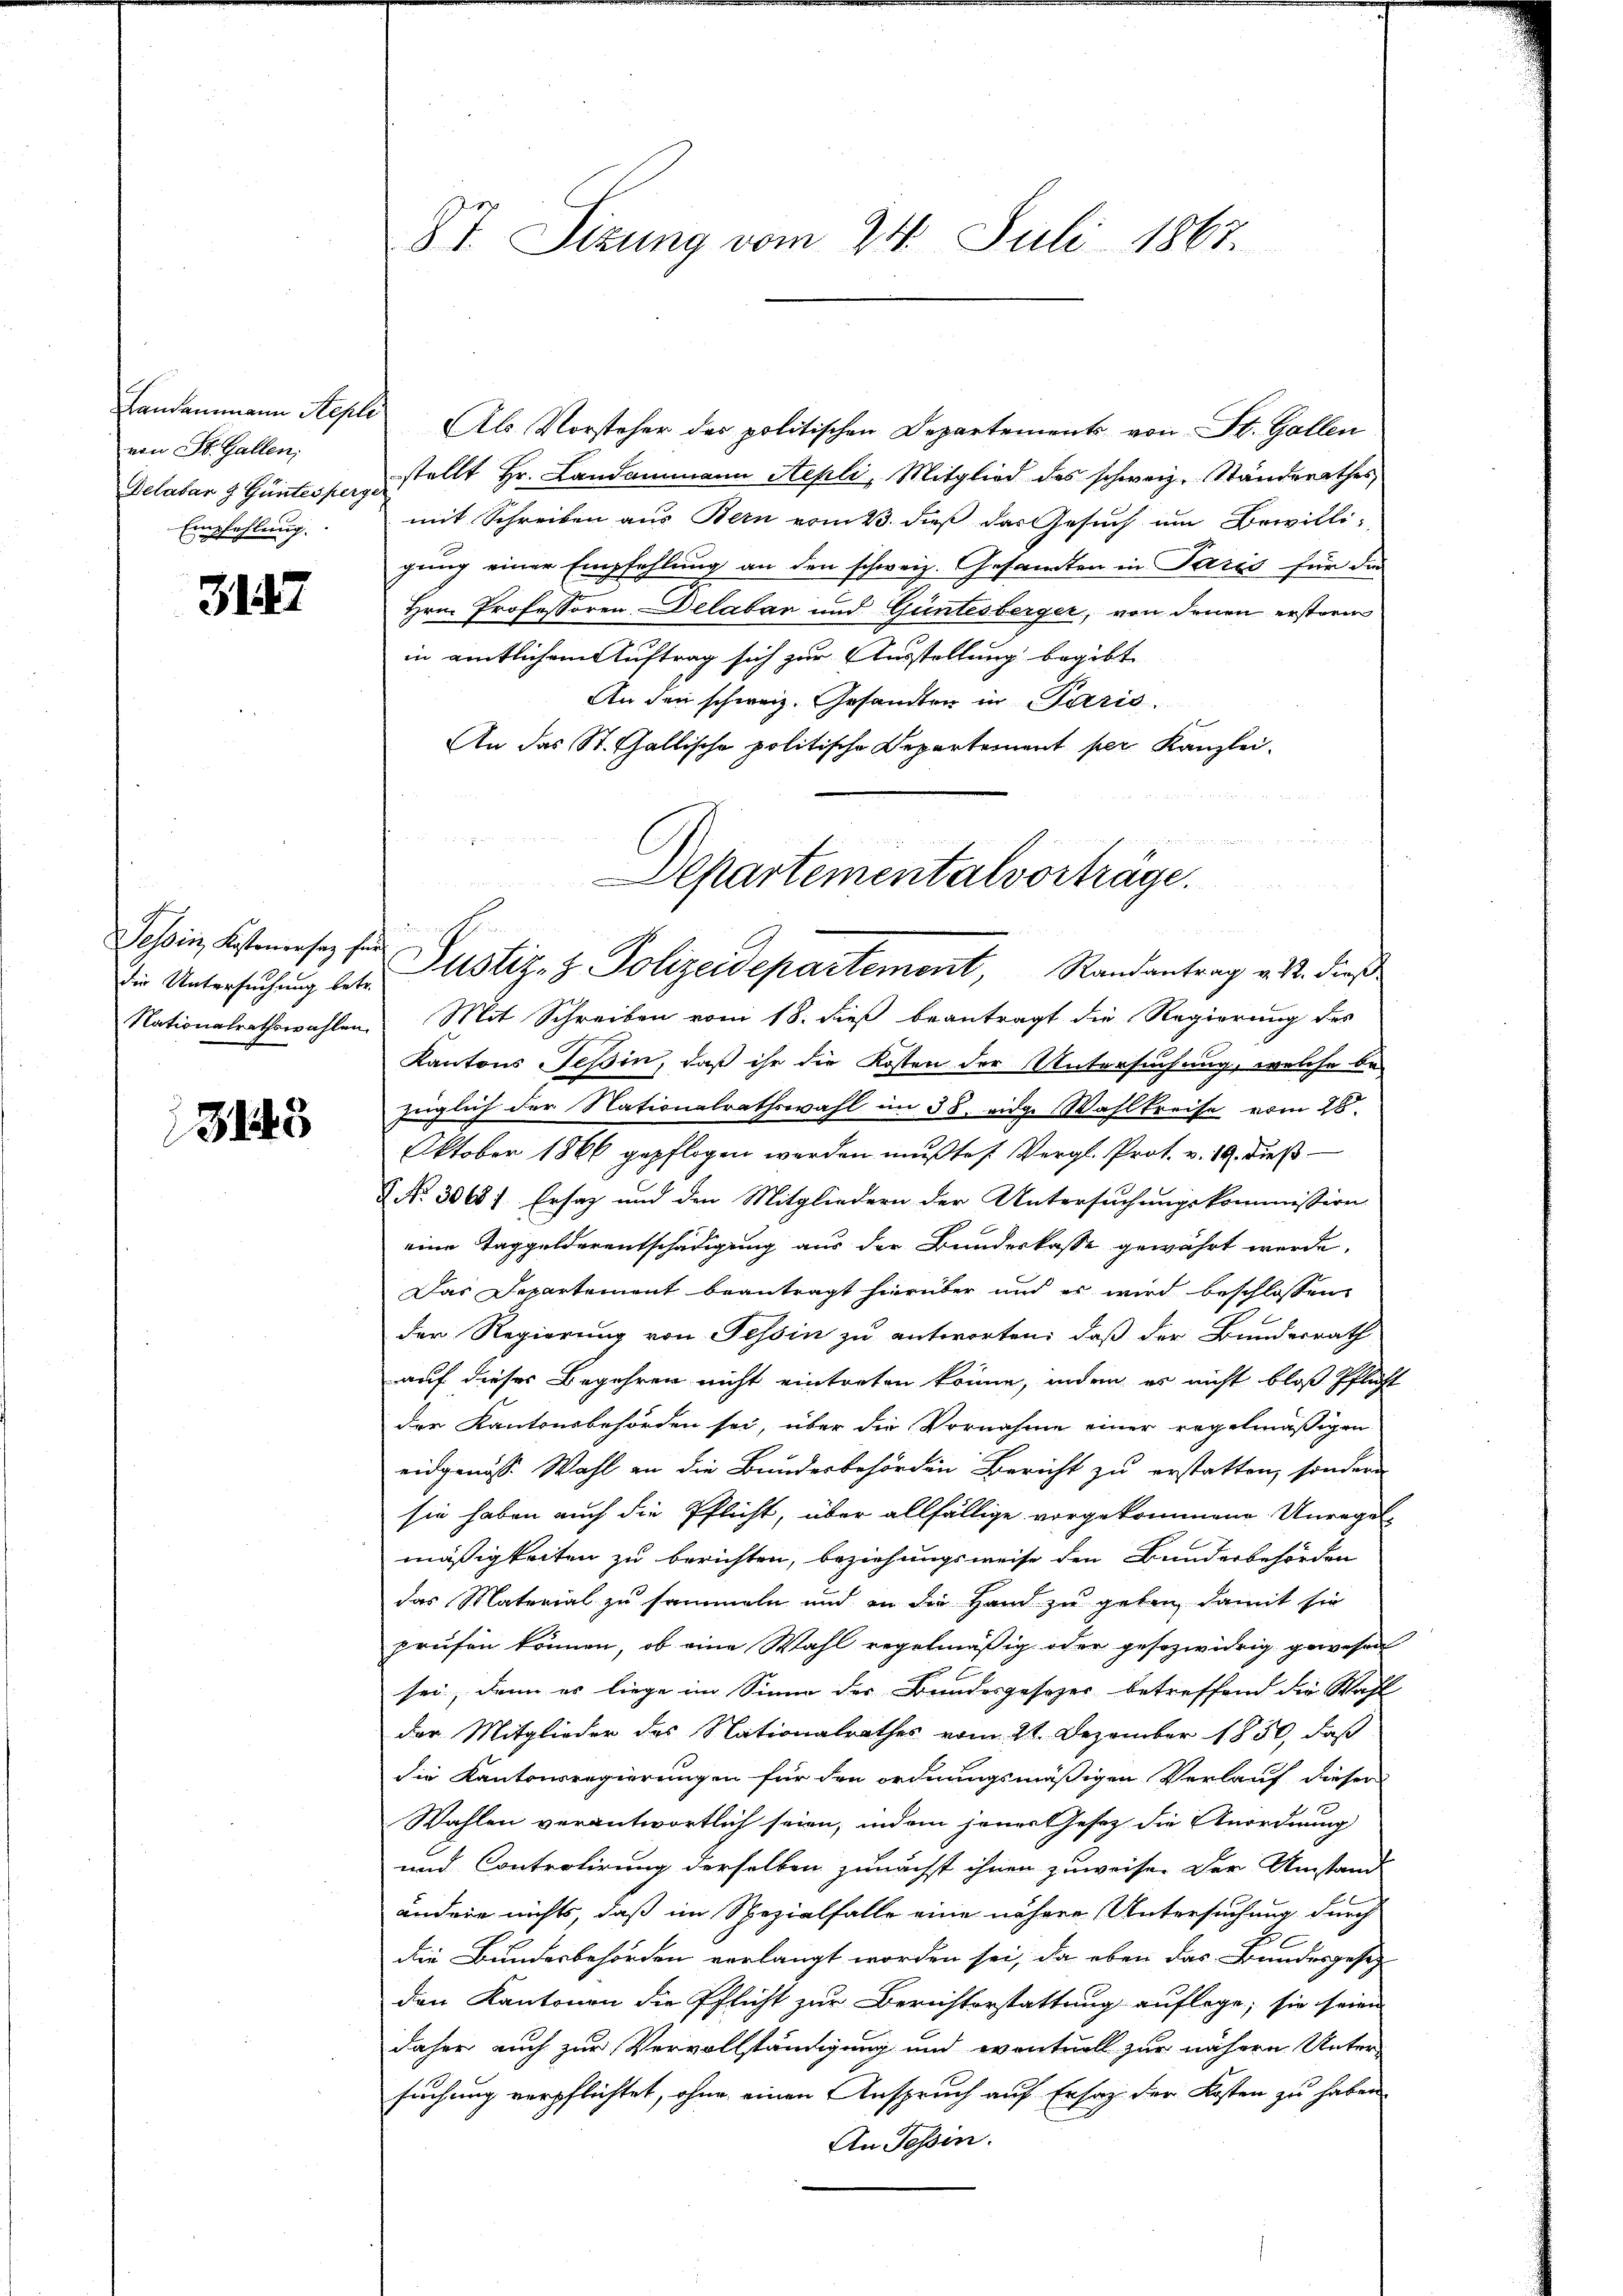
Landammann Sess
von St. Gallen;
Delabar & Güntesperg
Empfehlung.

3147

Tessin Kostenersatz für
Nationalrathswahlen.

3145

87. Sizung vom 24. Juli 1867.

ct
Hrn. Professoren Delaban und Güntesberger, von denen erstoren
in amtlichem Auftrag sich zur Ausstellung begibt
An den schweiz. Gesandten in Paris.
An das St. Gallische politische Departement per Kanzlei.
 Untersuchung des Gustiz- & Polizeidepartement, Randantrag v. 13. dieß
Mit Schreiben vom 18. dieß beantragt die Regierung des
Kantons Tessin, daß ihr die Kosten der Untersuchung, welche bei
züglich der Nationalrathswahl im 38. eidge Wahlkreise vom 28.
Oktober 1866 gepflogen werden mußte Vergl. Prot. v. 19. dieß
 No. 3068) Ersatz und den Mitgliedern der Untersuchungskommission
eine Taggelderentschädigung aus der Bundeskasse gewährt werde,
Das Departement beantragt hierüber und es wird beschlossen
den Regierung von Tessin zu antworten: daß der Bundesrath
auf dieser Begehren nicht eintreten könne, indem es nicht bloß Pflich
der Kantonsbehörden sei, über die Vornahme einer regelmäßigen
eidgenoss. Wahl an die Bundesbehörden Bericht zu erstatten, sondern
sie haben auch die Pflicht, über allfällige vorgekommene Unregel-
mäßigkeiten zu berichten, beziehungsweise den Bunderbehörden
das Material zu sammeln und an die Hand zu geben, damit sie
prüfen können, ob eine Wahl regelmäßig oder gesezwidrig gewesen
sei, denn es liege im Sinne der Bundesgesetzes betreffend die Wahl
der Mitglieder des Nationalrathes vom 21. Dezember 1850, daß
die Kantonsregierungen für den ordnungsmäßigen Verlauf dieser
Wahlen verantwortlich seien, indem jener Gesetz die Anordnung
und Controlirung derselben zunächst ihnen zuweise. Der Umstand
ändere nichts, daß im Spezialfalle eine nähere Untersuchung durch
die Bundesbehörden verlangt worden sei, da eben das Bundesgesetz
den Kantonen die Pflicht zur Berichterstattung auflege; sie seien
daher auch zur Vervollständigung und eventuell zur nähern Unter-
suchung verpflichtet, ohne einen Anspruch auf Ersatz der Kosten zu haben
An Tessin.

Separtementalvorträge.

Als Vorsteher des politischen Departements von St. Gallen
stellt Hr. Landammann Aepli, Mitglied des schweiz. Standsrathes,
mit Schreiben aus Bern vom 23. dieß das Gesuch um Bewilli-
gung einer Empfehlung an den schweiz. Gesamten in Paris für die